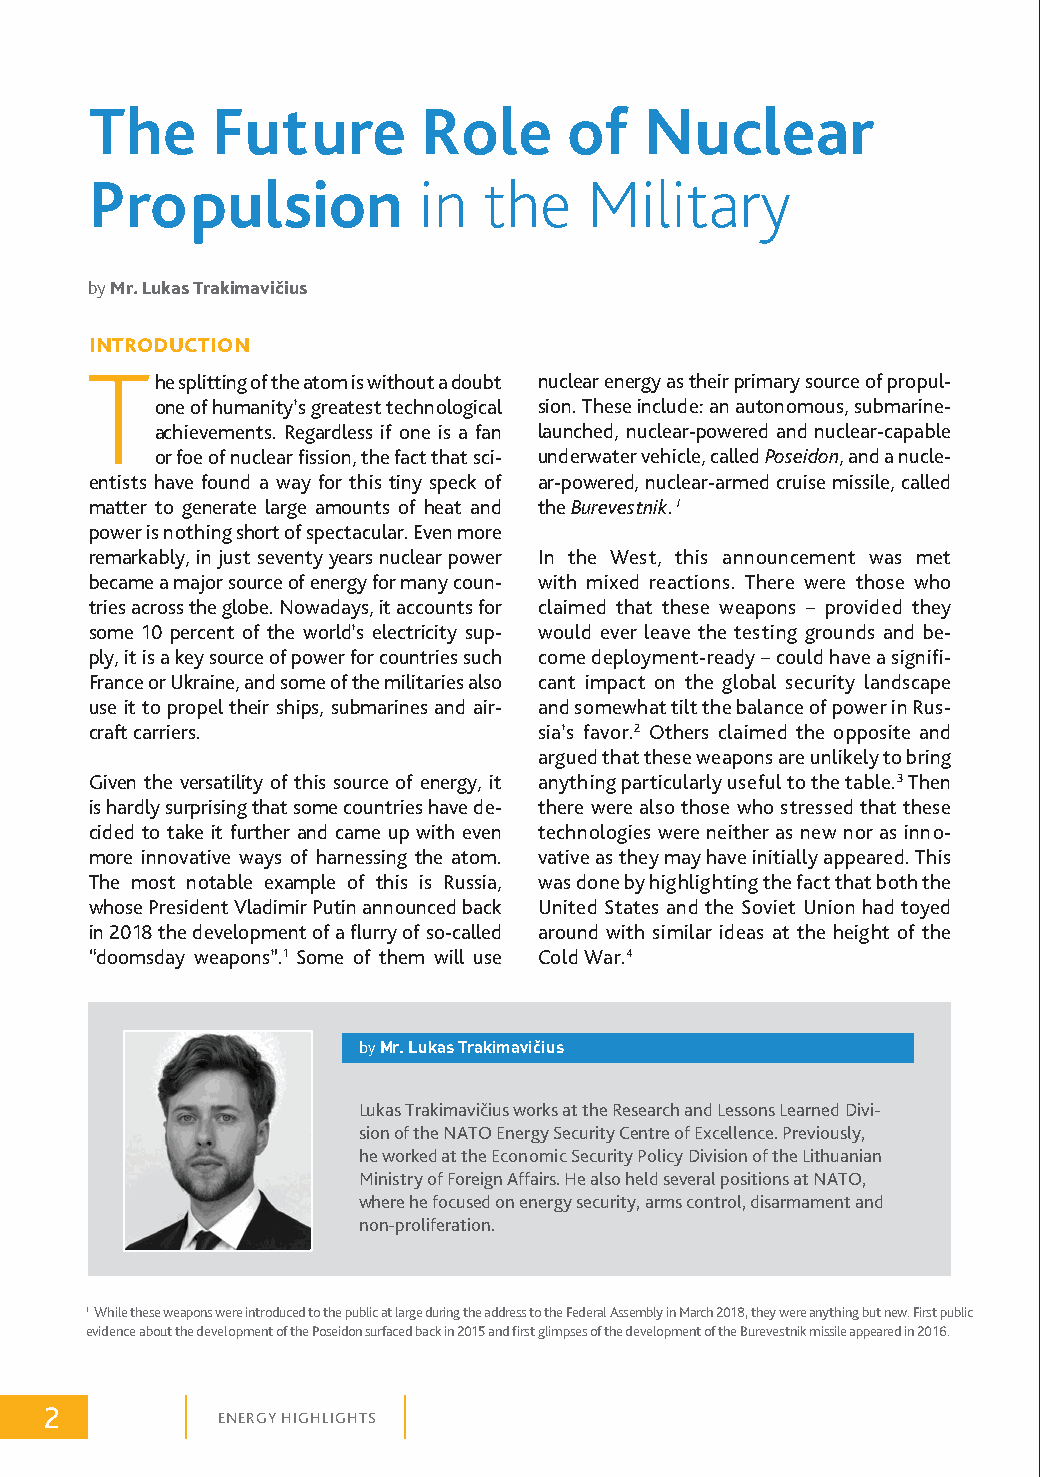
The     Future        Role      of   Nuclear
 Propulsion            in  the    Military
 by Mr. Lukas Trakimavičius
 INTRODUCTION
 T
 he splitting of the atom is without a doubt nuclear energy as their primary source of propul-
 one of humanity’s greatest technological sion. These include: an autonomous, submarine-
 achievements. Regardless if one is a fan launched, nuclear-powered and nuclear-capable
 or foe of nuclear fission, the fact that sci- underwater vehicle, called Poseidon, and a nucle-
 entists have found a way for this tiny speck of ar-powered, nuclear-armed cruise missile, called
 matter to generate large amounts of heat and the Burevestnik. I
 power is nothing short of spectacular. Even more
 remarkably, in just seventy years nuclear power In the West, this announcement was met
 became a major source of energy for many coun- with mixed reactions. There were those who
 tries across the globe. Nowadays, it accounts for claimed that these weapons – provided they
 some 10 percent of the world’s electricity sup- would ever leave the testing grounds and be-
 ply, it is a key source of power for countries such come deployment-ready – could have a signifi-
 France or Ukraine, and some of the militaries also cant impact on the global security landscape
 use it to propel their ships, submarines and air- and somewhat tilt the balance of power in Rus-
 craft carriers.               sia’s favor.2 Others claimed the opposite and
 argued that these weapons are unlikely to bring
 Given the versatility of this source of energy, it anything particularly useful to the table.3 Then
 is hardly surprising that some countries have de- there were also those who stressed that these
 cided to take it further and came up with even technologies were neither as new nor as inno-
 more innovative ways of harnessing the atom. vative as they may have initially appeared. This
 The most notable example of this is Russia, was done by highlighting the fact that both the
 whose President Vladimir Putin announced back United States and the Soviet Union had toyed
 in 2018 the development of a flurry of so-called around with similar ideas at the height of the
 “doomsday weapons”.1 Some of them will use Cold War.4
 by Mr. Lukas Trakimavičius
 Lukas Trakimavičius works at the Research and Lessons Learned Divi-
 sion of the NATO Energy Security Centre of Excellence. Previously,
 he worked at the Economic Security Policy Division of the Lithuanian
 Ministry of Foreign Affairs. He also held several positions at NATO,
 where he focused on energy security, arms control, disarmament and
 non-proliferation.
 I While these weapons were introduced to the public at large during the address to the Federal Assembly in March 2018, they were anything but new. First public
 evidence about the development of the Poseidon surfaced back in 2015 and first glimpses of the development of the Burevestnik missile appeared in 2016.
 2
 ENERGY HIGHLIGHTS